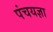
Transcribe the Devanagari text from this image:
पंचयज्ञा